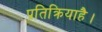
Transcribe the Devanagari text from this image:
प्रतिक्रियाहै।